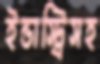
ইন্ডাস্ট্রিসহ